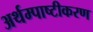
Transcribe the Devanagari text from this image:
अर्थम्पाष्टीकरण